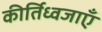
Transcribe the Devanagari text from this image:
कीर्तिध्वजाएँ